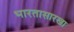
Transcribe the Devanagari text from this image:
भारतासारखा